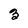
Character: 3